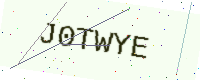
Text: J0TWYE